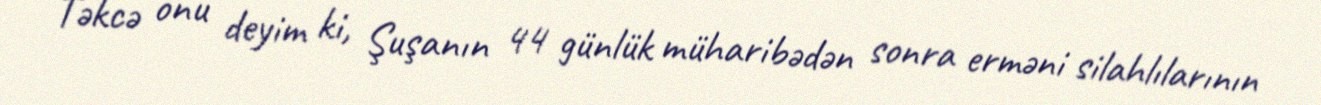
Təkcə onu deyim ki, Şuşanın 44 günlük müharibədən sonra erməni silahlılarının